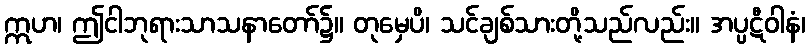
ဣဟ၊ ဤငါဘုရားသာသနာတော်၌။ တုမှေပိ၊ သင်ချစ်သားတို့သည်လည်း။ အပ္ပဋီဝါနံ၊